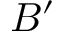
B ^ { \prime }